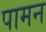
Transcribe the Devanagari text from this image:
पामन